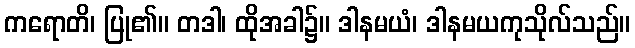
ကရောတိ၊ ပြု၏။ တဒါ၊ ထိုအခါ၌။ ဒါနမယံ၊ ဒါနမယကုသိုလ်သည်။